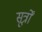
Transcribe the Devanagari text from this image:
सूर्त्रों